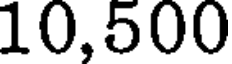
10,500